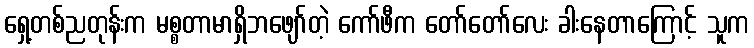
ရှေ့တစ်ညတုန်းက မစ္စတာမာရှိဘဖျော်တဲ့ ကော်ဖီက တော်တော်လေး ခါးနေတာကြောင့် သူက